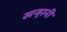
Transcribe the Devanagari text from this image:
खजुरनी